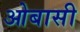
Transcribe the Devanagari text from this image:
ओबासी